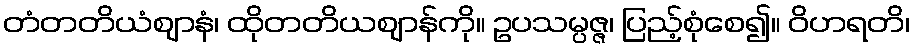
တံတတိယံဈာနံ၊ ထိုတတိယဈာန်ကို။ ဥပသမ္ပဇ္ဇ၊ ပြည့်စုံစေ၍။ ဝိဟရတိ၊